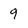
Character: 9